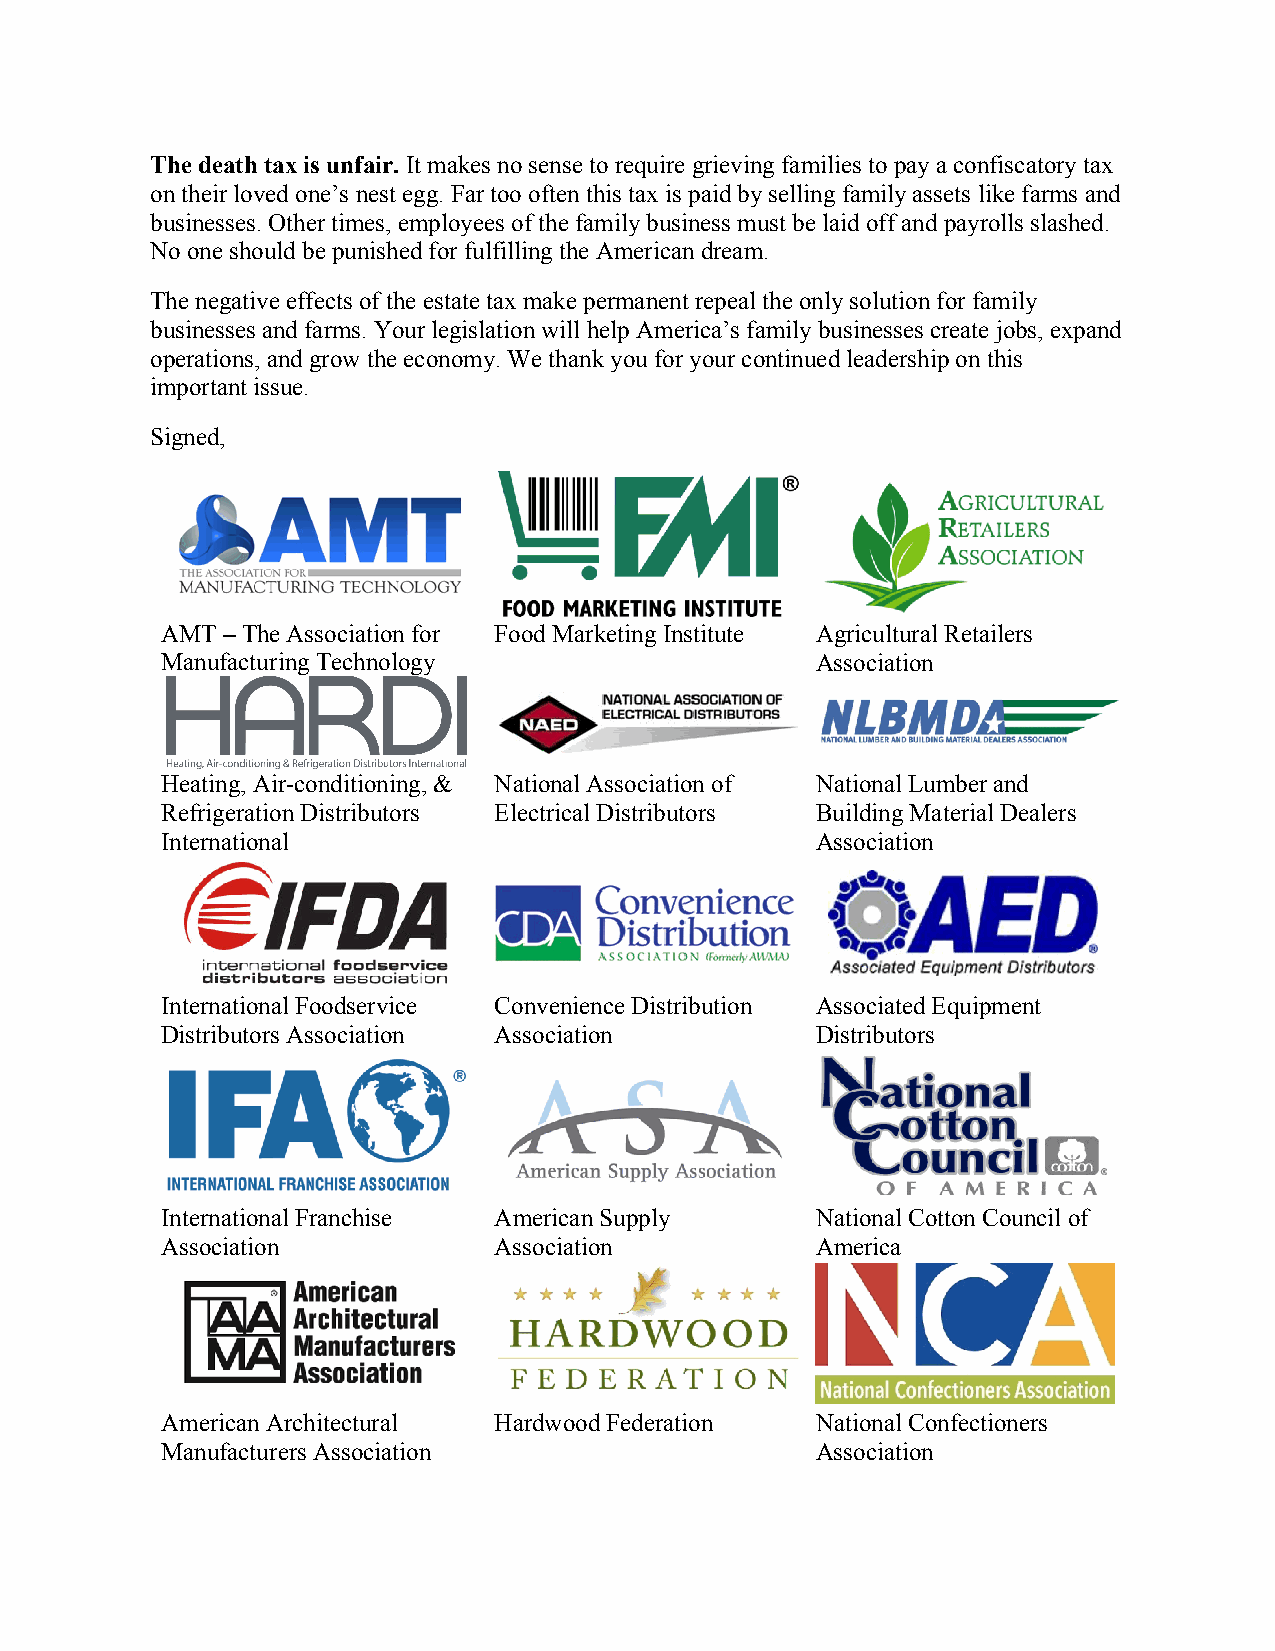
The death tax is unfair. It makes no sense to require grieving families to pay a confiscatory tax
 on their loved one’s nest egg. Far too often this tax is paid by selling family assets like farms and
 businesses. Other times, employees of the family business must be laid off and payrolls slashed.
 No one should be punished for fulfilling the American dream.
 The negative effects of the estate tax make permanent repeal the only solution for family
 businesses and farms. Your legislation will help America’s family businesses create jobs, expand
 operations, and grow the economy. We thank you for your continued leadership on this
 important issue.
 Signed,
 AMT – The Association for Food Marketing Institute Agricultural Retailers
 Manufacturing Technology                   Association
 Heating, Air-conditioning, & National Association of National Lumber and
 Refrigeration Distributors Electrical Distributors Building Material Dealers
 International                              Association
 International Foodservice Convenience Distribution Associated Equipment
 Distributors Association Association       Distributors
 International Franchise American Supply    National Cotton Council of
 Association           Association          America
 American Architectural Hardwood Federation National Confectioners
 Manufacturers Association                  Association